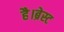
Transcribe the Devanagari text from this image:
है।ब्रेस्ट